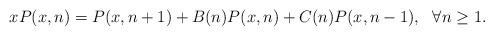
LaTeX: \begin{align*}xP(x,n) = P(x,n+1) + B(n)P(x,n) + C(n)P(x,n-1),\ \ \forall n\geq 1.\end{align*}